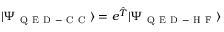
| \Psi _ { \mathrm { ~ Q ~ E ~ D ~ - ~ C ~ C ~ } } \rangle = e ^ { \hat { T } } | \Psi _ { \mathrm { ~ Q ~ E ~ D ~ - ~ H ~ F ~ } } \rangle